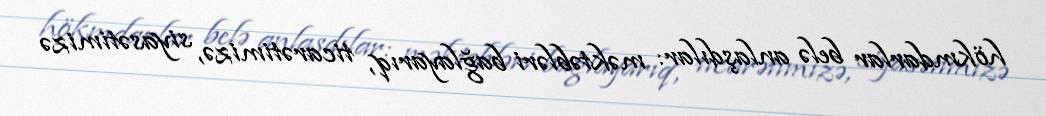
hökmdarlar belə anlaşdılar: məktəbləri bağlayarıq, ticarətimizə, siyasətimizə